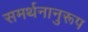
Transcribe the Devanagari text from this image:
समर्थनानुरूप